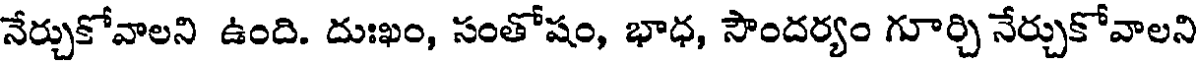
నేర్చుకోవాలని ఉంది. దుఃఖం, సంతోషం, భాధ, సౌందర్యం గూర్చి నేర్చుకోవాలని